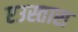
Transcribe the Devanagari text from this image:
एउस्तास